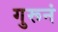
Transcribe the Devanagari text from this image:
गुरूनं